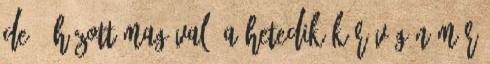
de ő húzott magával. A hetedik kör végén már